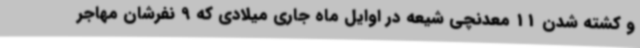
و کشته شدن 11 معدنچی شیعه در اوایل ماه جاری میلادی که 9 نفرشان مهاجر